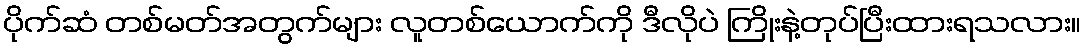
ပိုက်ဆံ တစ်မတ်အတွက်များ လူတစ်ယောက်ကို ဒီလိုပဲ ကြိုးနဲ့တုပ်ပြီးထားရသလား။